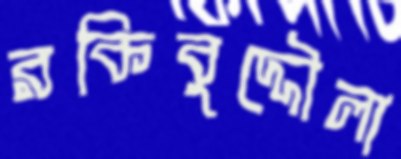
রকিবুদ্দৌলা